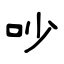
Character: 吵